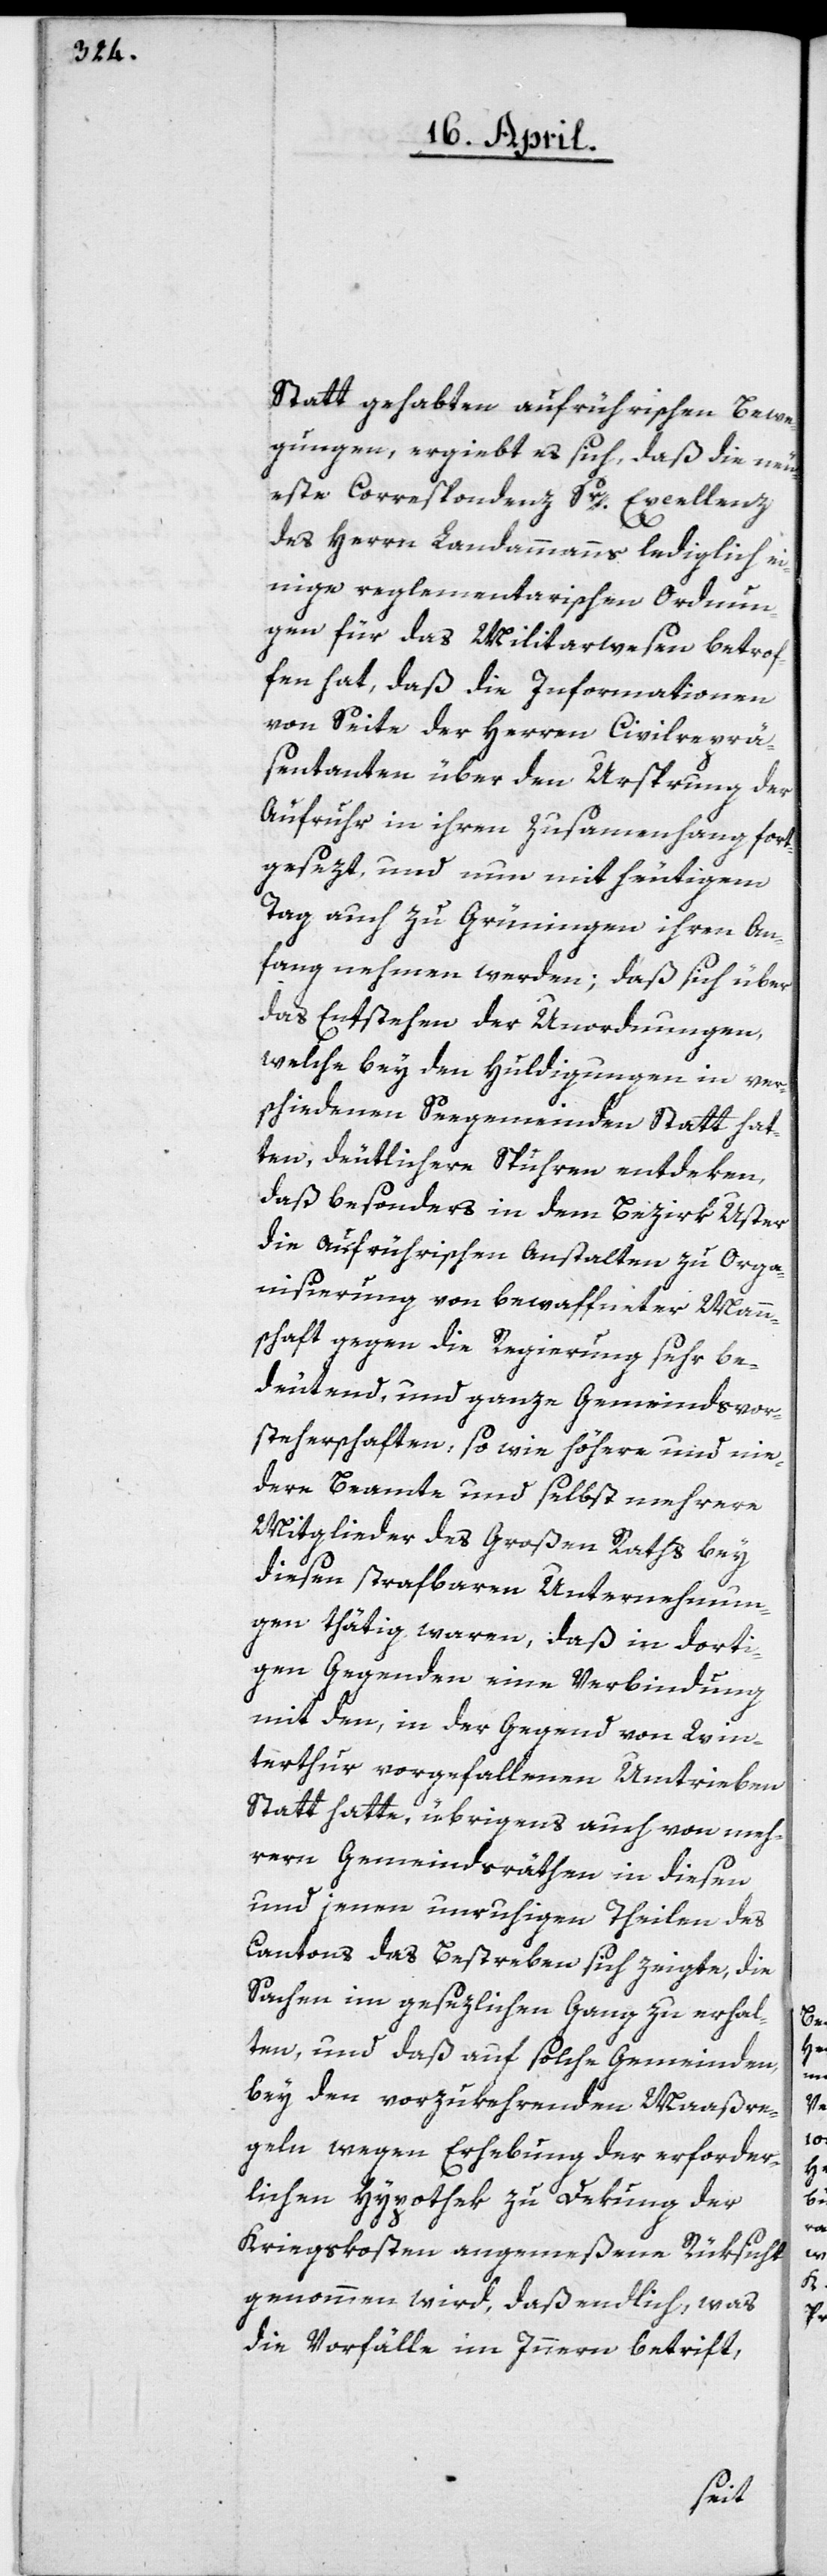
Statt gehabten aufrührischen Bewe¬
gungen, ergiebt es sich, daß die neu¬
este Correspondenz Sr Excellenz
des Herrn Landammanns lediglich ei¬
nige reglementarischen Ordnun¬
gen für das Militarwesen betrof¬
fen hat, daß die Informationen
von Seite der Herren Civilreprä¬
sentanten über den Ursprung der
Aufruhr in ihren Zusammenhang fort¬
gesezt, und nun mit heutigem
Tag auch zu Grüningen ihren An¬
fang nehmen werden; daß sich über
das Entstehen der Unordnungen,
welche bey den Huldigungen in ver¬
schiedenen Seegemeinden Statt hat¬
ten, deutlichere Spuhren entdeken,
daß besonders in dem Bezirk Uster
die aufrührischen Anstalten zu Orga¬
nisierung von bewaffneter Mann¬
schaft gegen die Regierung sehr be¬
deutend, und ganze Gemeindsvor¬
steherschaften, so wie höhere und nie¬
dere Beamte und selbst mehrere
Mitglieder des Großen Raths bey
diesen strafbaren Unternehmun¬
gen thätig waren, daß in dorti¬
gen Gegenden eine Verbindung
mit den, in der Gegend von Win¬
terthur vorgefallenen Umtrieben
Statt hatte, übrigens auch von meh¬
reren Gemeindsräthen in diesen
und jenen unruhigen Theilen des
Cantons das Bestreben sich zeigte, die
Sachen im gesezlichen Gang zu erhal¬
ten, und daß auf solche Gemeinden,
bey den vorzukehrenden Maaßre¬
geln wegen Erhebung der erforder¬
lichen Hypothek zu Dekung der
Kriegskosten angemeßene Rüksicht
genommen wird, daß endlich, was
die Vorfälle im Innern betrift,